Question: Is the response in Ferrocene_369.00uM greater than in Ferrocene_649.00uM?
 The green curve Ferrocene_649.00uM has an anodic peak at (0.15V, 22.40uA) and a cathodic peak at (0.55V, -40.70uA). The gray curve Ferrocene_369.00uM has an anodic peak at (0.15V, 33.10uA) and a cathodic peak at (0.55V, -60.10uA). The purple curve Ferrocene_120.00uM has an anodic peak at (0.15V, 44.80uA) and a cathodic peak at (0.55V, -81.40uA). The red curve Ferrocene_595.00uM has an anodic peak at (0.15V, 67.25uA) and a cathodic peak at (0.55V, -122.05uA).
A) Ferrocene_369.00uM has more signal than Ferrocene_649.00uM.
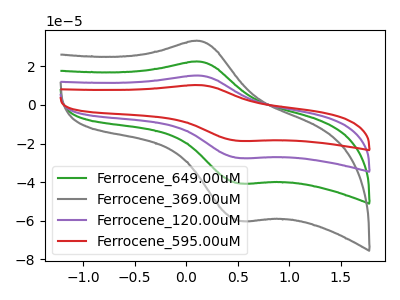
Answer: <think>All the peaks in "Ferrocene_369.00uM" have a peak in "Ferrocene_649.00uM" at the same potential. Every peak in "Ferrocene_369.00uM" is higher than every peak in "Ferrocene_649.00uM".
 </think>
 <answer>A) "Ferrocene_369.00uM" has more signal than "Ferrocene_649.00uM".</answer>
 <eval>A</eval>